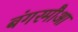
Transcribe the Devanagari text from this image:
बंगरमौआ